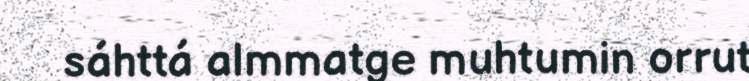
sáhttá almmatge muhtumin orrut